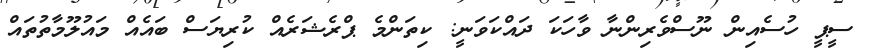
ސީޕީ ހުސެއިން ނޫސްވެރިންނާ ވާހަކަ ދައްކަވަނީ: ކިތަންމެ ޕްރެޝަރެއް ކުރިޔަސް ބައެއް މައުލޫމާތުތައް